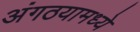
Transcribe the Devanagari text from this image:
अंगठयामध्ये